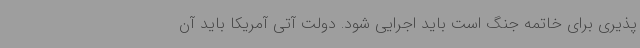
پذیری برای خاتمه جنگ است باید اجرایی شود. دولت آتی آمریکا باید آن